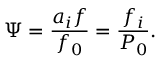
\Psi = \frac { a _ { i } f } { f _ { 0 } } = \frac { f _ { i } } { P _ { 0 } } .